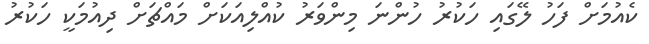
ކެއުމަށް ފަހު ލޭގައި ހަކުރު ހުންނަ މިންވަރު ކުއްލިއަކަށް މައްޗަށް ދިއުމަކީ ހަކުރު